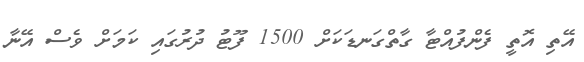
އޭތި އޮތީ ފެންފުއްޓާ ގާތްގަނޑަކަށް 1500 ފޫޓު ދުރުގައި ކަމަށް ވެސް އޭނާ